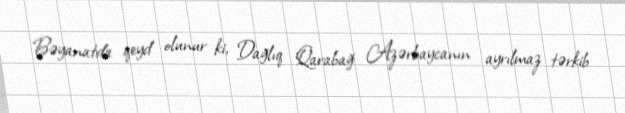
Bəyanatda qeyd olunur ki, Dağlıq Qarabağ Azərbaycanın ayrılmaz tərkib